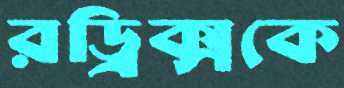
রড্রিক্সকে